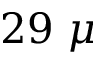
2 9 ~ \mu